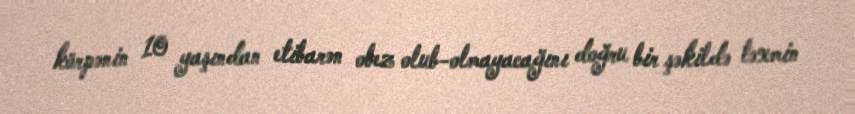
körpənin 10 yaşından etibarən obez olub-olmayacağını doğru bir şəkildə təxmin